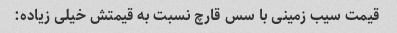
قیمت سیب زمینی با سس قارچ نسبت به قیمتش خیلی زیاده: